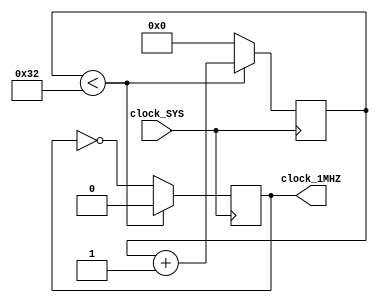
module divisor_de_clock(clock_SYS, clock_1MHZ);

	input clock_SYS;
	output reg clock_1MHZ;
	
	reg [5:0] contador_clock;
	
	//Diviso de clock de 50MHz para 1MHz
	always @ (posedge clock_SYS) 
		begin
			if (contador_clock < 6'd50)
				begin
					contador_clock <= contador_clock + 1'b1;
					clock_1MHZ = 1'b0;
				end
			else 
				begin
					contador_clock <= 6'd0;
					clock_1MHZ <= ~clock_1MHZ;
				end
		end

endmodule